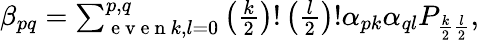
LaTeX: \begin{array}{r}{\beta_{pq}=\sum_{\mathrm{~e~v~e~n~}k,l=0}^{p,q}\left(\frac{k}{2}\right)!\left(\frac{l}{2}\right)!\alpha_{pk}\alpha_{ql}P_{\frac{k}{2}\frac{l}{2}},}\end{array}